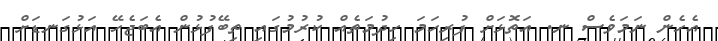
އެހެން ނަމަވެސް ނ. އަތޮޅަށް ފުރިހަމަ ހިދުމަތެއް ކުރުމުގައި ތިބޭފުޅުން އެބަޖެހޭ އަޅުގަނޑަށް